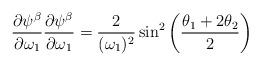
LaTeX: \begin{align*}{\partial \psi ^\beta \over \partial \omega_1}{\partial \psi ^\beta \over \partial \omega_1} = {2 \over (\omega_1)^2} \sin ^2 \left({\theta_1 + 2\theta _2 \over 2} \right)\end{align*}